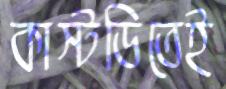
কাস্টডিতেই